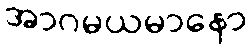
အာဂမယမာနော